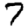
Digit: 7